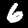
Digit: 6